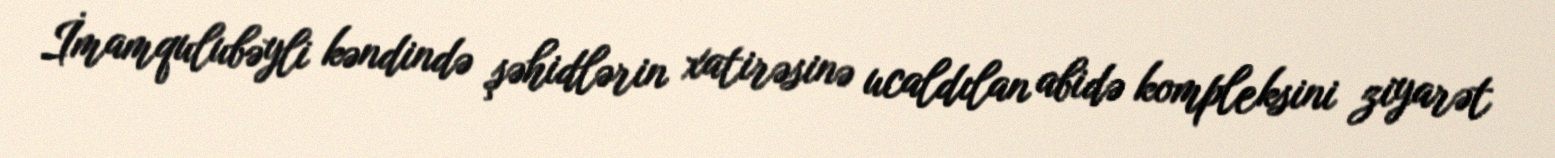
İmamqulubəyli kəndində şəhidlərin xatirəsinə ucaldılan abidə kompleksini ziyarət